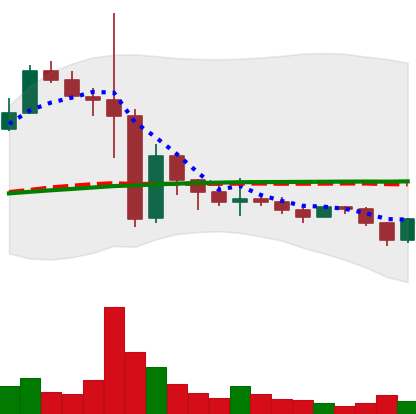
Ticker: BNB-USD
Chart end date: 2022-11-22
Forward return: 15.434%
Label: up_7plus